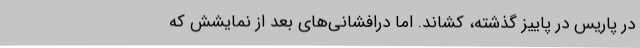
در پاریس در پاییز گذشته، کشاند. اما دُرافشانی‌های بعد از نمایشش که